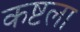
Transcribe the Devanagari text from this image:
कष्टला